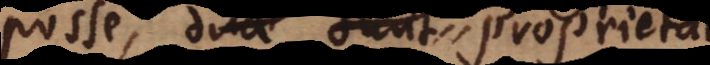
posse, duae sunt propriet